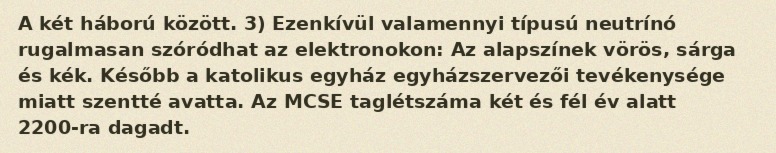
A két háború között. 3) Ezenkívül valamennyi típusú neutrínó rugalmasan szóródhat az elektronokon: Az alapszínek vörös, sárga és kék. Később a katolikus egyház egyházszervezői tevékenysége miatt szentté avatta. Az MCSE taglétszáma két és fél év alatt 2200-ra dagadt.